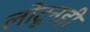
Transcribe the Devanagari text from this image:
लोटूनही